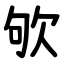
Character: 欨